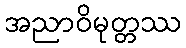
အညာဝိမုတ္တဿ